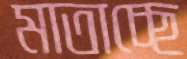
মাতাচ্ছে